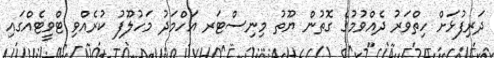
ދަރިފުޅަށް ހިތްވަރު ދެއްވުމުގެ ގޮތުން ޔޫތު މިނިސްޓަރ އަހްމަދު މަހުލޫފު ކުރެއްވި ޓްވީޓެއްގައި